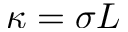
\kappa = \sigma L